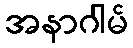
အနာဂါမ်